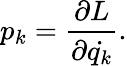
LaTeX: p_{k}={\frac{\partial L}{\partial{\dot{q_{k}}}}}.